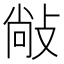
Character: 𰕋